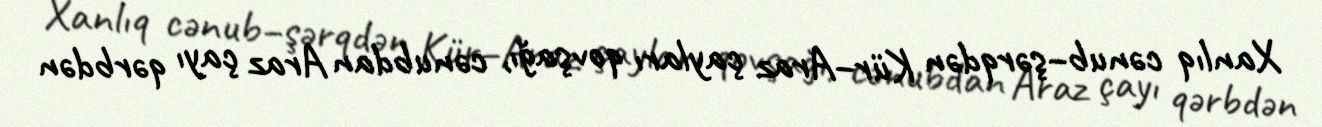
Xanlıq cənub–şərqdən Kür–Araz çayları qovşağı, cənubdan Araz çayı qərbdən